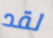
لقد